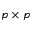
p \times p